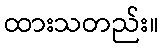
ထားသတည်း။